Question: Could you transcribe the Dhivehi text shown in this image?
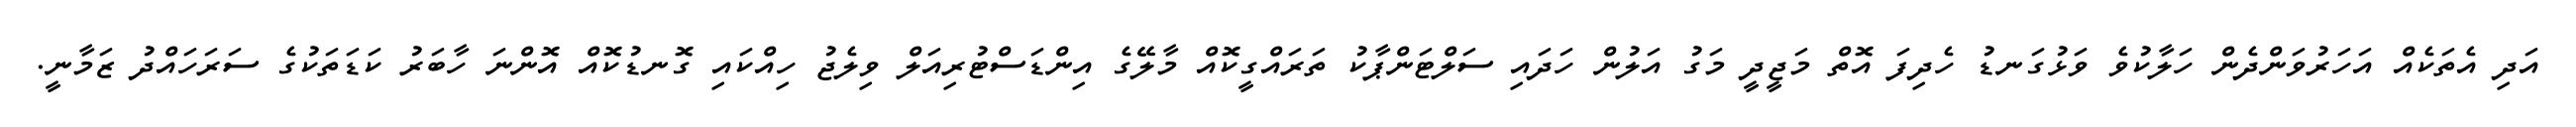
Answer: އަދި އެތަކެއް އަހަރުވަންދެން ހަލާކުވެ ވަޅުގަނޑު ހެދިފަ އޮތް މަޖީދީ މަގު އަލުން ހަދައި ސަލްޓަންޕާކު ތަރައްގީކޮއް މާލޭގެ އިންޑަސްޓުރިއަލް ވިލެޖު ހިއްކައި ގޮނޑުކޮއް އޮންނަ ހާބަރު ކަޑަތަކުގެ ސަރަހައްދު ޒަމާނީ.